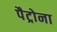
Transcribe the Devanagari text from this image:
पैट्रोना